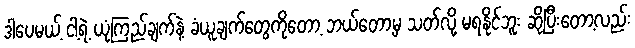
ဒါပေမယ့် ငါ့ရဲ့ ယုံကြည်ချက်နဲ့ ခံယူချက်တွေကိုတော့ ဘယ်တော့မှ သတ်လို့ မရနိုင်ဘူး ဆိုပြီးတော့လည်း